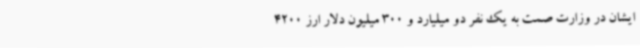
ایشان در وزارت صمت به یک نفر دو میلیارد و 300 میلیون دلار ارز 4200